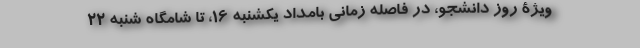
ویژۀ روز دانشجو، در فاصله زمانی بامداد یکشنبه ۱۶، تا شامگاه شنبه ۲۲